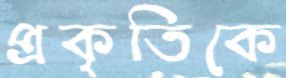
প্রকৃতিকে